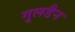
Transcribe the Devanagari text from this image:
गुलडैन